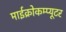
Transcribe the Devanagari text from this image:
माईक्रोकम्प्यूटर